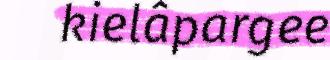
kielâpargee